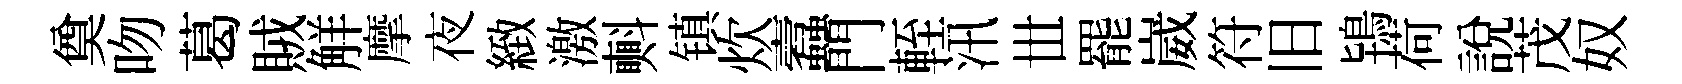
奠吻葛賊觧摩夜緻激㪺镇炊蠧門輊汛𠀍罷崴符旧鴇荷說茂奴